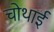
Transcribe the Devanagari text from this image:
चोथाई